Scottish Certificate of Education, 1962
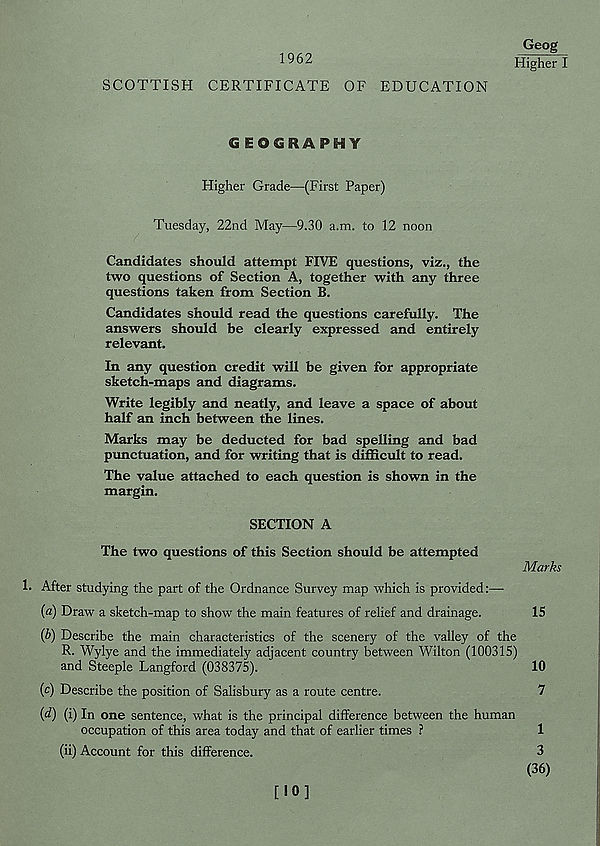
Geog
1962
Higher I
SCOTTISH CERTIFICATE OF EDUCATION
GEOGRAPHY
Higher Grade—(First Paper)
Tuesday, 22nd May—9.30 a.m. to 12 noon
Candidates should attempt FIVE questions, viz., the
two questions of Section A, together with any three
questions taken from Section B.
Candidates should read the questions carefully. The
answers should be clearly expressed and entirely
relevant.
In any question credit will be given for appropriate
sketch-maps and diagrams.
Write legibly and neatly, and leave a space of about
half an inch between the lines.
Marks may be deducted for bad spelling and bad
punctuation, and for writing that is difficult to read.
The value attached to each question is shown in the
margin.
SECTION A
The two questions of this Section should be attempted
Marks
1. After studying the part of the Ordnance Survey map which is provided:—
(«) Draw a sketch-map to show the main features of relief and drainage.
15
(b) Describe the main characteristics of the scenery of the valley of the
R. Wylye and the immediately adjacent country between Wilton (100315)
and Steeple Langford (038375).
10
(c) Describe the position of Salisbury as a route centre.
7
{d) (i) In one sentence, what is the principal difference between the human
occupation of this area today and that of earlier times ?
1
(ii) Account for this difference.
3
(36)
[10]